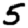
Digit: 5